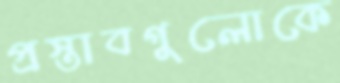
প্রস্তাবগুলোকে